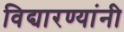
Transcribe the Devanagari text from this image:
विद्यारण्यांनी